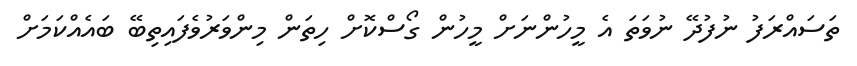
ތަސައްރަފު ނުފުދޭ ނުވަތަ އެ މީހުންނަށް މީހުން ގޯސްކޮށް ހިތަން މިންވަރުވެފައިތިބޭ ބައެއްކަމަށް